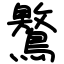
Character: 鸄